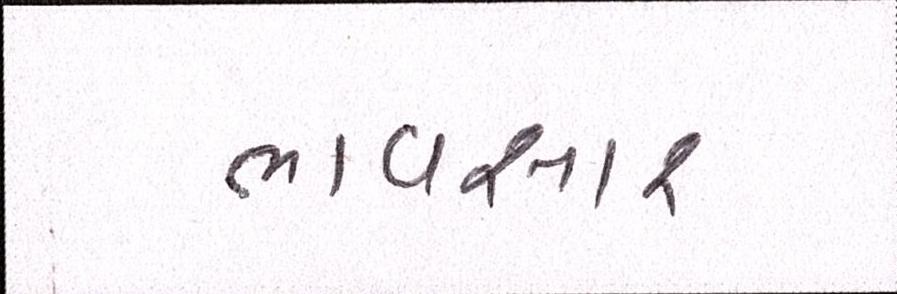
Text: ભાવસારઃ